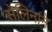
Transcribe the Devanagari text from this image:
सेलिनाने